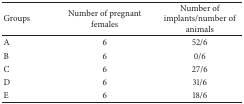
<table><thead><tr><td><b>Groups</b></td><td><b>Number of pregnant females</b></td><td><b>Number of implants/number of animals</b></td></tr></thead><tbody><tr><td>A</td><td>6</td><td>52/6</td></tr><tr><td>B</td><td>6</td><td>0/6</td></tr><tr><td>C</td><td>6</td><td>27/6</td></tr><tr><td>D</td><td>6</td><td>31/6</td></tr><tr><td>E</td><td>6</td><td>18/6</td></tr></tbody></table>